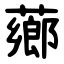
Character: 薌